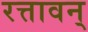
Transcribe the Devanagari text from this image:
रत्तावन्